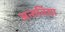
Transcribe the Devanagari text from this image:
अन्तर्विद्या